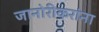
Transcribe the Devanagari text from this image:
जानोरीकरांना